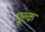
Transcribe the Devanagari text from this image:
पूल्क